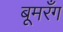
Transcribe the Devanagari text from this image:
बूमरँग